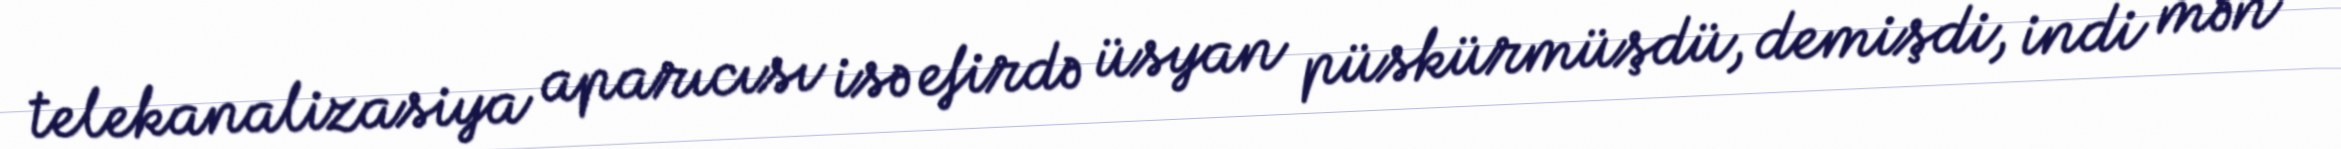
telekanalizasiya aparıcısı isə efirdə üsyan püskürmüşdü, demişdi, indi mən